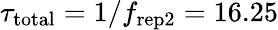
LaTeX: \tau_{\mathrm{total}}=1/f_{\mathrm{rep2}}=16.25